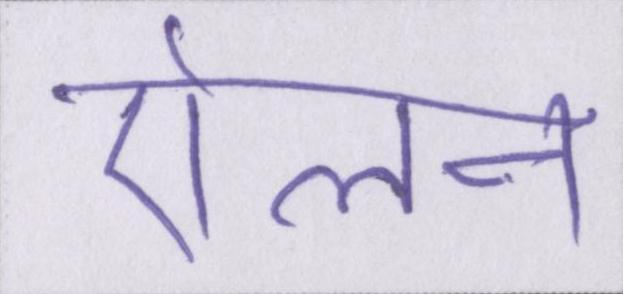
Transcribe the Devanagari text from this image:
ऐलन